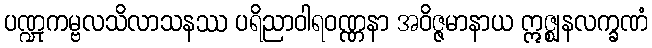
ပဏ္ဍုကမ္ဗလသိလာသနဿ ပရိညာဝါရဝဏ္ဏနာ အဝိဇ္ဇမာနာယ ဣဇ္ဈနလက္ခဏံ